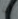
ان